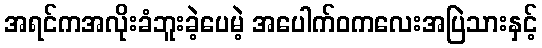
အရင်ကအလိုးခံဘူးခဲ့ပေမဲ့ အပေါက်ဝကလေးအပြဲသားနှင့်